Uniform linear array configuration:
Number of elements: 4
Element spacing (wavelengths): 0.75
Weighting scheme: blackman
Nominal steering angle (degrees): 60
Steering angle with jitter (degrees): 58.917
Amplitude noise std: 0.05
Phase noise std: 0.05

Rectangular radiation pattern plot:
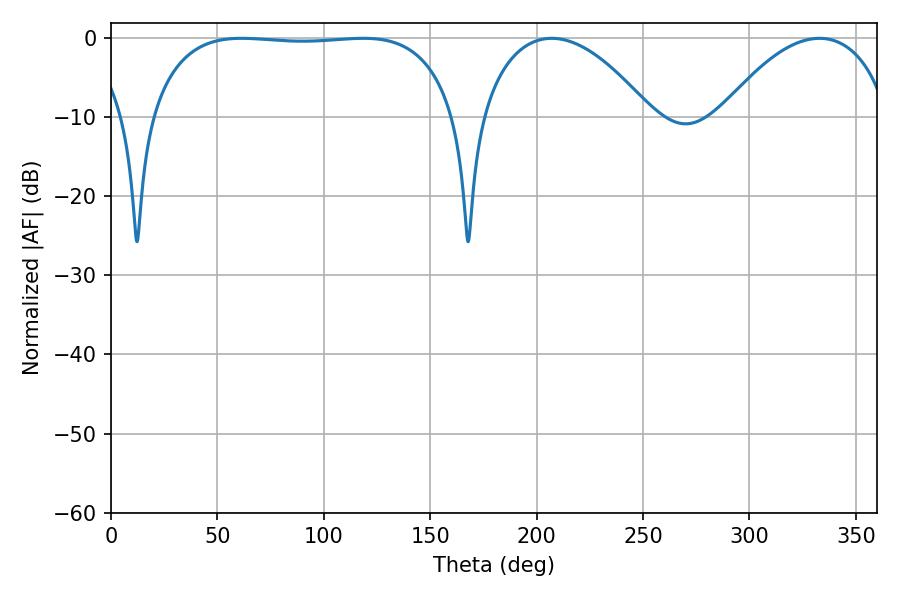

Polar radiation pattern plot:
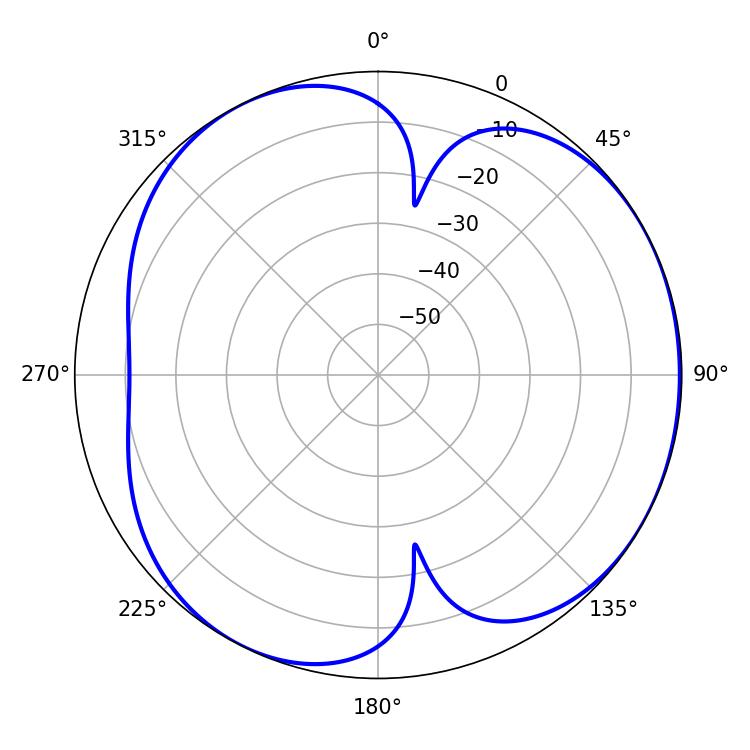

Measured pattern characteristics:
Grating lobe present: TRUE
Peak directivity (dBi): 4.314
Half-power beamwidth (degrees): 113.76
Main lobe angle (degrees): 61.38